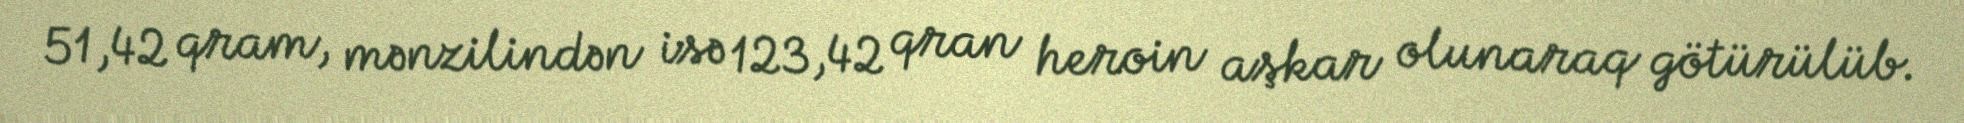
51,42 qram, mənzilindən isə 123,42 qran heroin aşkar olunaraq götürülüb.